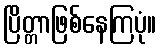
ပြိတ္တာဖြစ်နေကြပုံ။